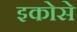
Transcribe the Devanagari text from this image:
इकोसे